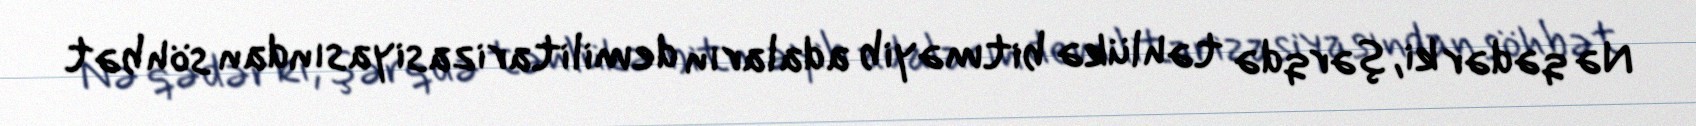
Nə qədər ki, şərqdə təhlükə bitməyib adaların demilitarizasiyasından söhbət